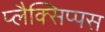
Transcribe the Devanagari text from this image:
प्लैक्सिप्पस